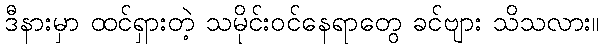
ဒီနားမှာ ထင်ရှားတဲ့ သမိုင်းဝင်နေရာတွေ ခင်ဗျား သိသလား။